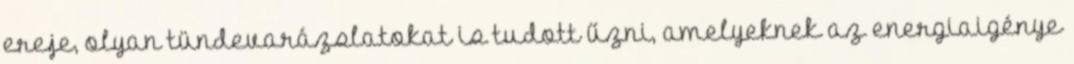
ereje, olyan tündevarázslatokat is tudott űzni, amelyeknek az energiaigénye